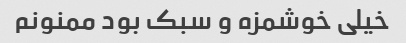
خیلی خوشمزه و سبک بود ممنونم